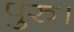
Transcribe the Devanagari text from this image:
पुरु।